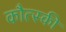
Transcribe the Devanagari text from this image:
कौत्स्की